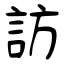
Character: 訪